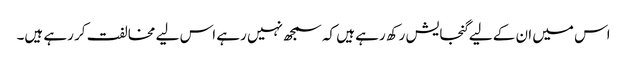
اس میں ان کے لیے گنجایش رکھ رہے ہیں کہ سمجھ نہیں رہے اس لیے مخالفت کر رہے ہیں۔